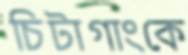
চিটাগাংকে